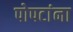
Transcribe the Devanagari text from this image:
पोपटांना